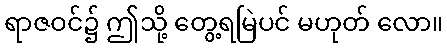
ရာဇဝင်၌ ဤသို့ တွေ့ရမြဲပင် မဟုတ် လော။